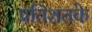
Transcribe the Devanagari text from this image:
प्रतिशतके